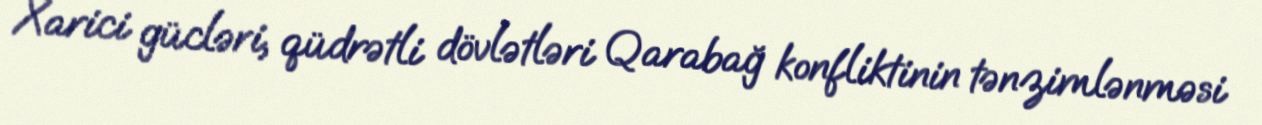
Xarici gücləri, qüdrətli dövlətləri Qarabağ konfliktinin tənzimlənməsi